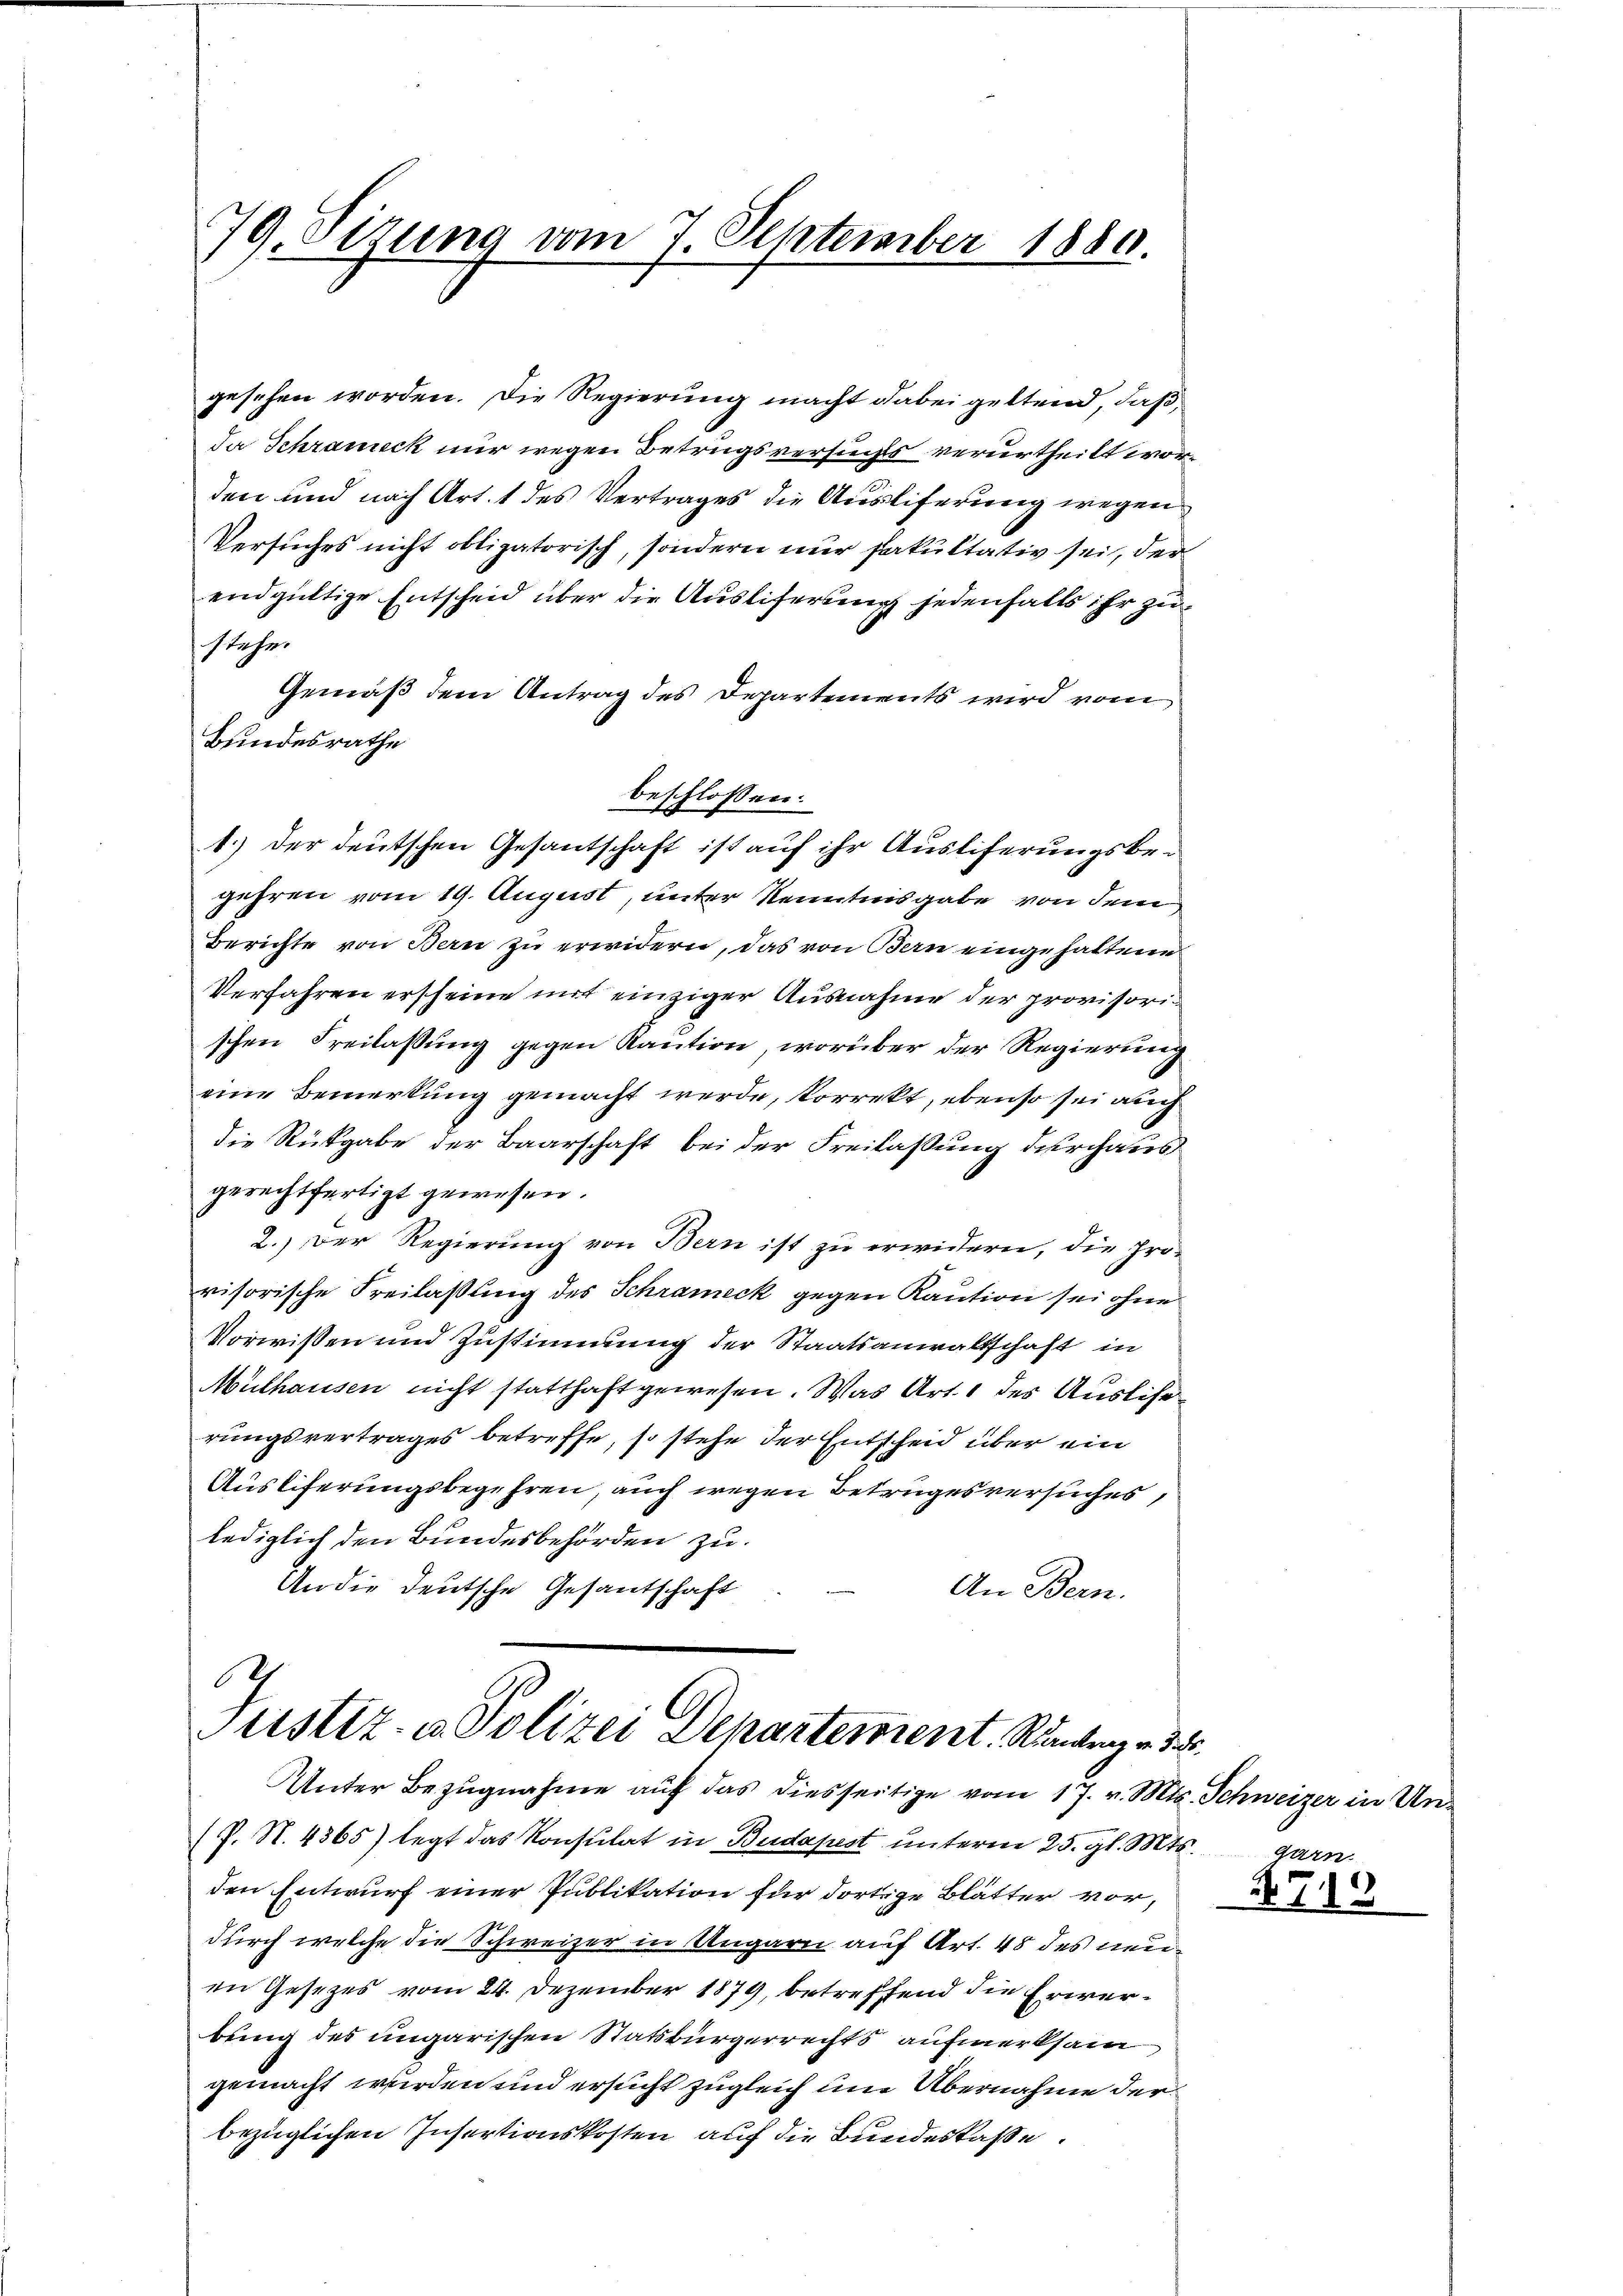
79. Sizung vom 7. September 1880.

gesehen worden. Die Regierung macht dabei geltend, daß
da Schrameck nur wegen Betrugsversuchs verurtheilt worden und nach Art. 1 des Vertrages die Ausliferung wegen
Versuches nicht obligatorisch, sondern nur fakultativ sei, der
endgültige Entscheid über die Ausliferung jedenfalls ihr zustehe.
Gemäß dem Antrag des Departements wird vom
Bundesrathe
beschlossen:
1.) Der deutschen Gesantschaft ist auf ihr Ausliferungsbegehren vom 19. August, unter Kenntnisgabe von dem
Berichte von Bern zu erwidern, das von Bern eingehaltene
Verfahren erscheine mit einziger Ausnahme der provisori
schen Freilassung gegen Kaution, worüber der Regierung
eine Bemerkung gemacht werde, korrekt, ebenso sei auch
die Rückgabe der Baarschaft bei der Freilassung durchaus
gerechtfertigt gewesen.
2.) Der Regierung von Bern ist zu erwidern, die pro-
visorische Freilassung des Schrameck gegen Kaution sei ohne
Vorwißen und Zustimmung der Staatsanwaltschaft in
Mülhausen nicht statthaft gewesen. Was Art. 1 des Auslierungsvertrages betreffe, so stehe der Entscheid über ein
Ausliferungsbegehren, auch wegen Betrugesversuches,
lediglich den Bundesbehörden zu.
An die deutsche Gesantschaft
An Bern.

.
Justiz- u. Polizei Departement. Ränden v. 3.
Unter Bezugnahme auf das diesseitige vom 17. v. Mts. Schweizer in Un¬

(P. N. 4365) legt das Konsulat in Budapest unterm 25. gl. Mts. garn.
den Entwurf einer Publikation für dortige Blätter vor,
durch welche die Schweizer in Ungarn auf Art. 48 des neuin Gesezes vom 24. Dezember 1879, betreffend die Erwerbung des ungarischen Statsbürgerrechts aufmerksam
gemacht werden und ersucht zugleich um Übernahme der
bezüglichen Insertionskosten auf die Bundeskasse.

712